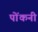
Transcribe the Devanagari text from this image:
पोंकनी